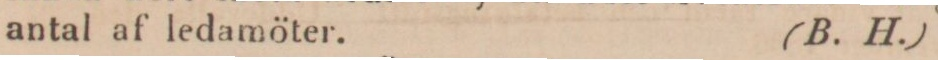
antal af ledamöter.    (B. H.)